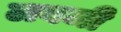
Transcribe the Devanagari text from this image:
लवजी